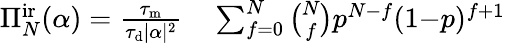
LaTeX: \begin{array}{rl}{\Pi_{N}^{\mathrm{ir}}(\alpha)=\frac{\tau_{\mathrm{m}}}{\tau_{\mathrm{d}}|\alpha|^{2}}}&{{}\sum_{f=0}^{N}\binom{N}{f}p^{N-f}(1{-}p)^{f+1}}\end{array}